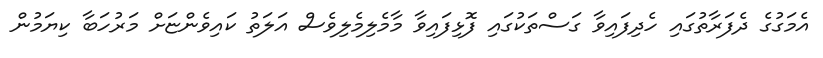
އެމަގުގެ ދެފަރާތުގައި ހެދިފައިވާ ގަސްތަކުގައި ފޮޅިފައިވާ މާމެލިމެލިވެސް އަލަތު ކައިވެންޏަށް މަރުހަބާ ކިޔަމުން